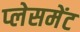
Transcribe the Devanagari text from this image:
प्‍लेसमेंट